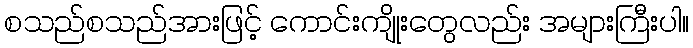
စသည်စသည်အားဖြင့် ကောင်းကျိုးတွေလည်း အများကြီးပါ။